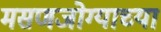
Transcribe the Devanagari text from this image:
मसणजोग्याच्या